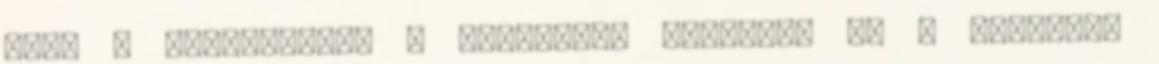
vele a medencéket, a búzamezők számára, és a szikesek